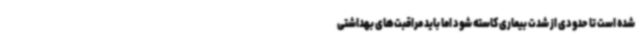
شده است تا حدودی از شدت بیماری کاسته شود اما باید مراقبت‌های بهداشتی